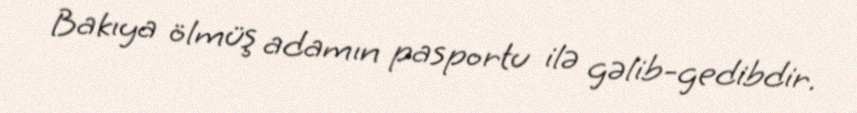
Bakıya ölmüş adamın pasportu ilə gəlib-gedibdir.